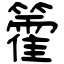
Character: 籗